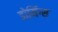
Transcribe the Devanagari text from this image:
डोमिंग्स